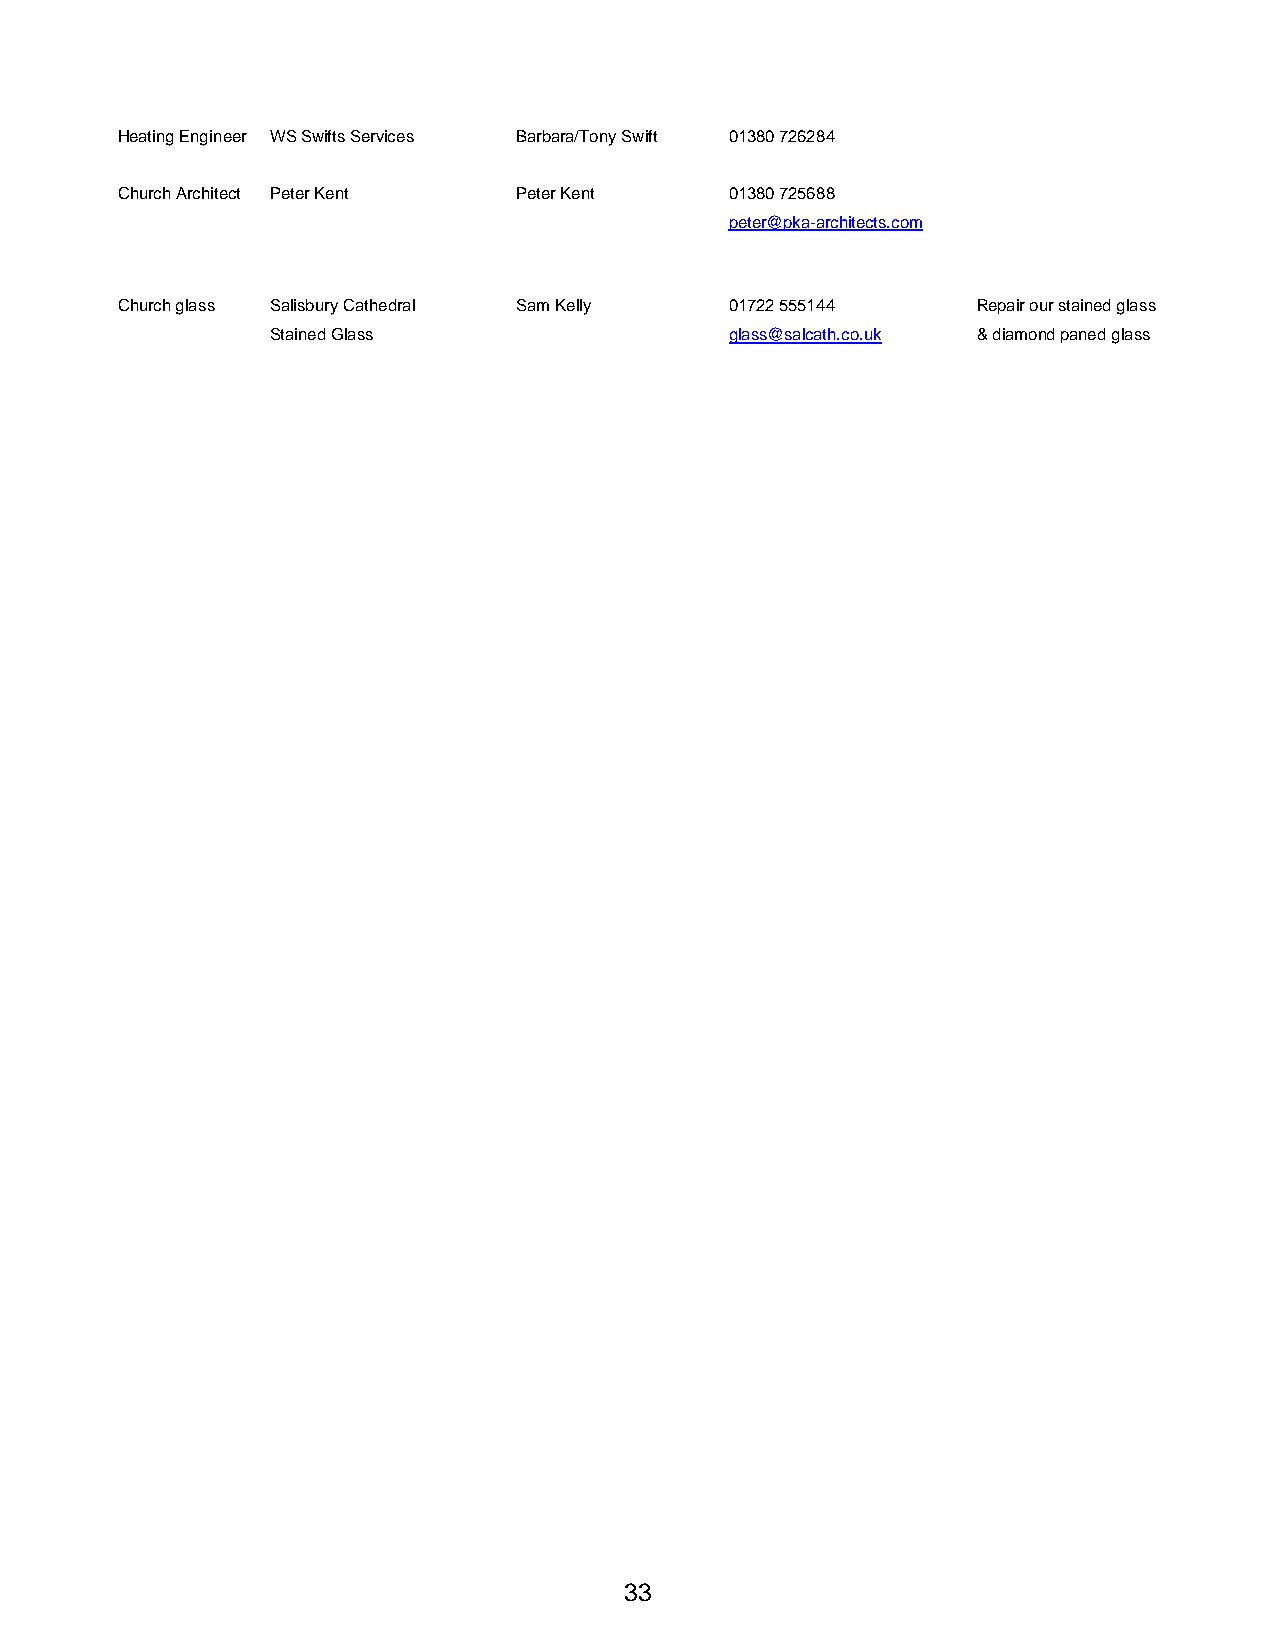
Heating Engineer WS Swifts Services Barbara/Tony Swift 01380 726284
 Church Architect Peter Kent Peter Kent  01380 725688
 peter@pka-architects.com
 Church glass Salisbury Cathedral Sam Kelly 01722 555144  Repair our stained glass
 Stained Glass                 glass@salcath.co.uk & diamond paned glass
 33